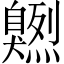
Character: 𦤭